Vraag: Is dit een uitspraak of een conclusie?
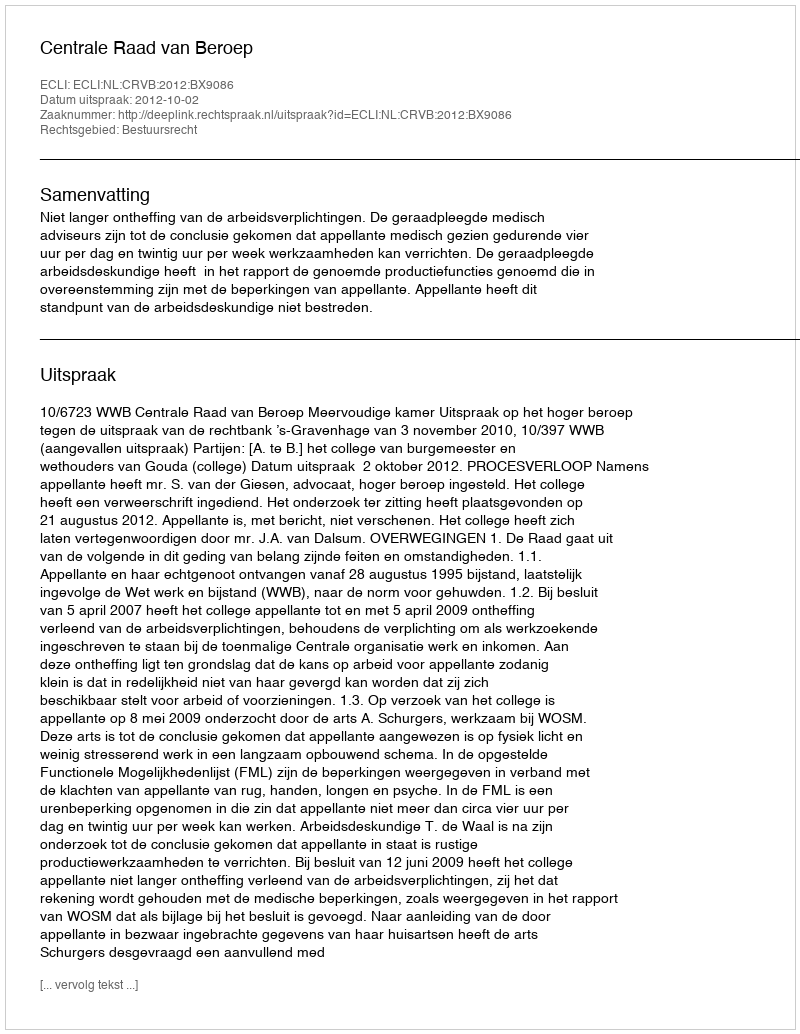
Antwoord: Uitspraak